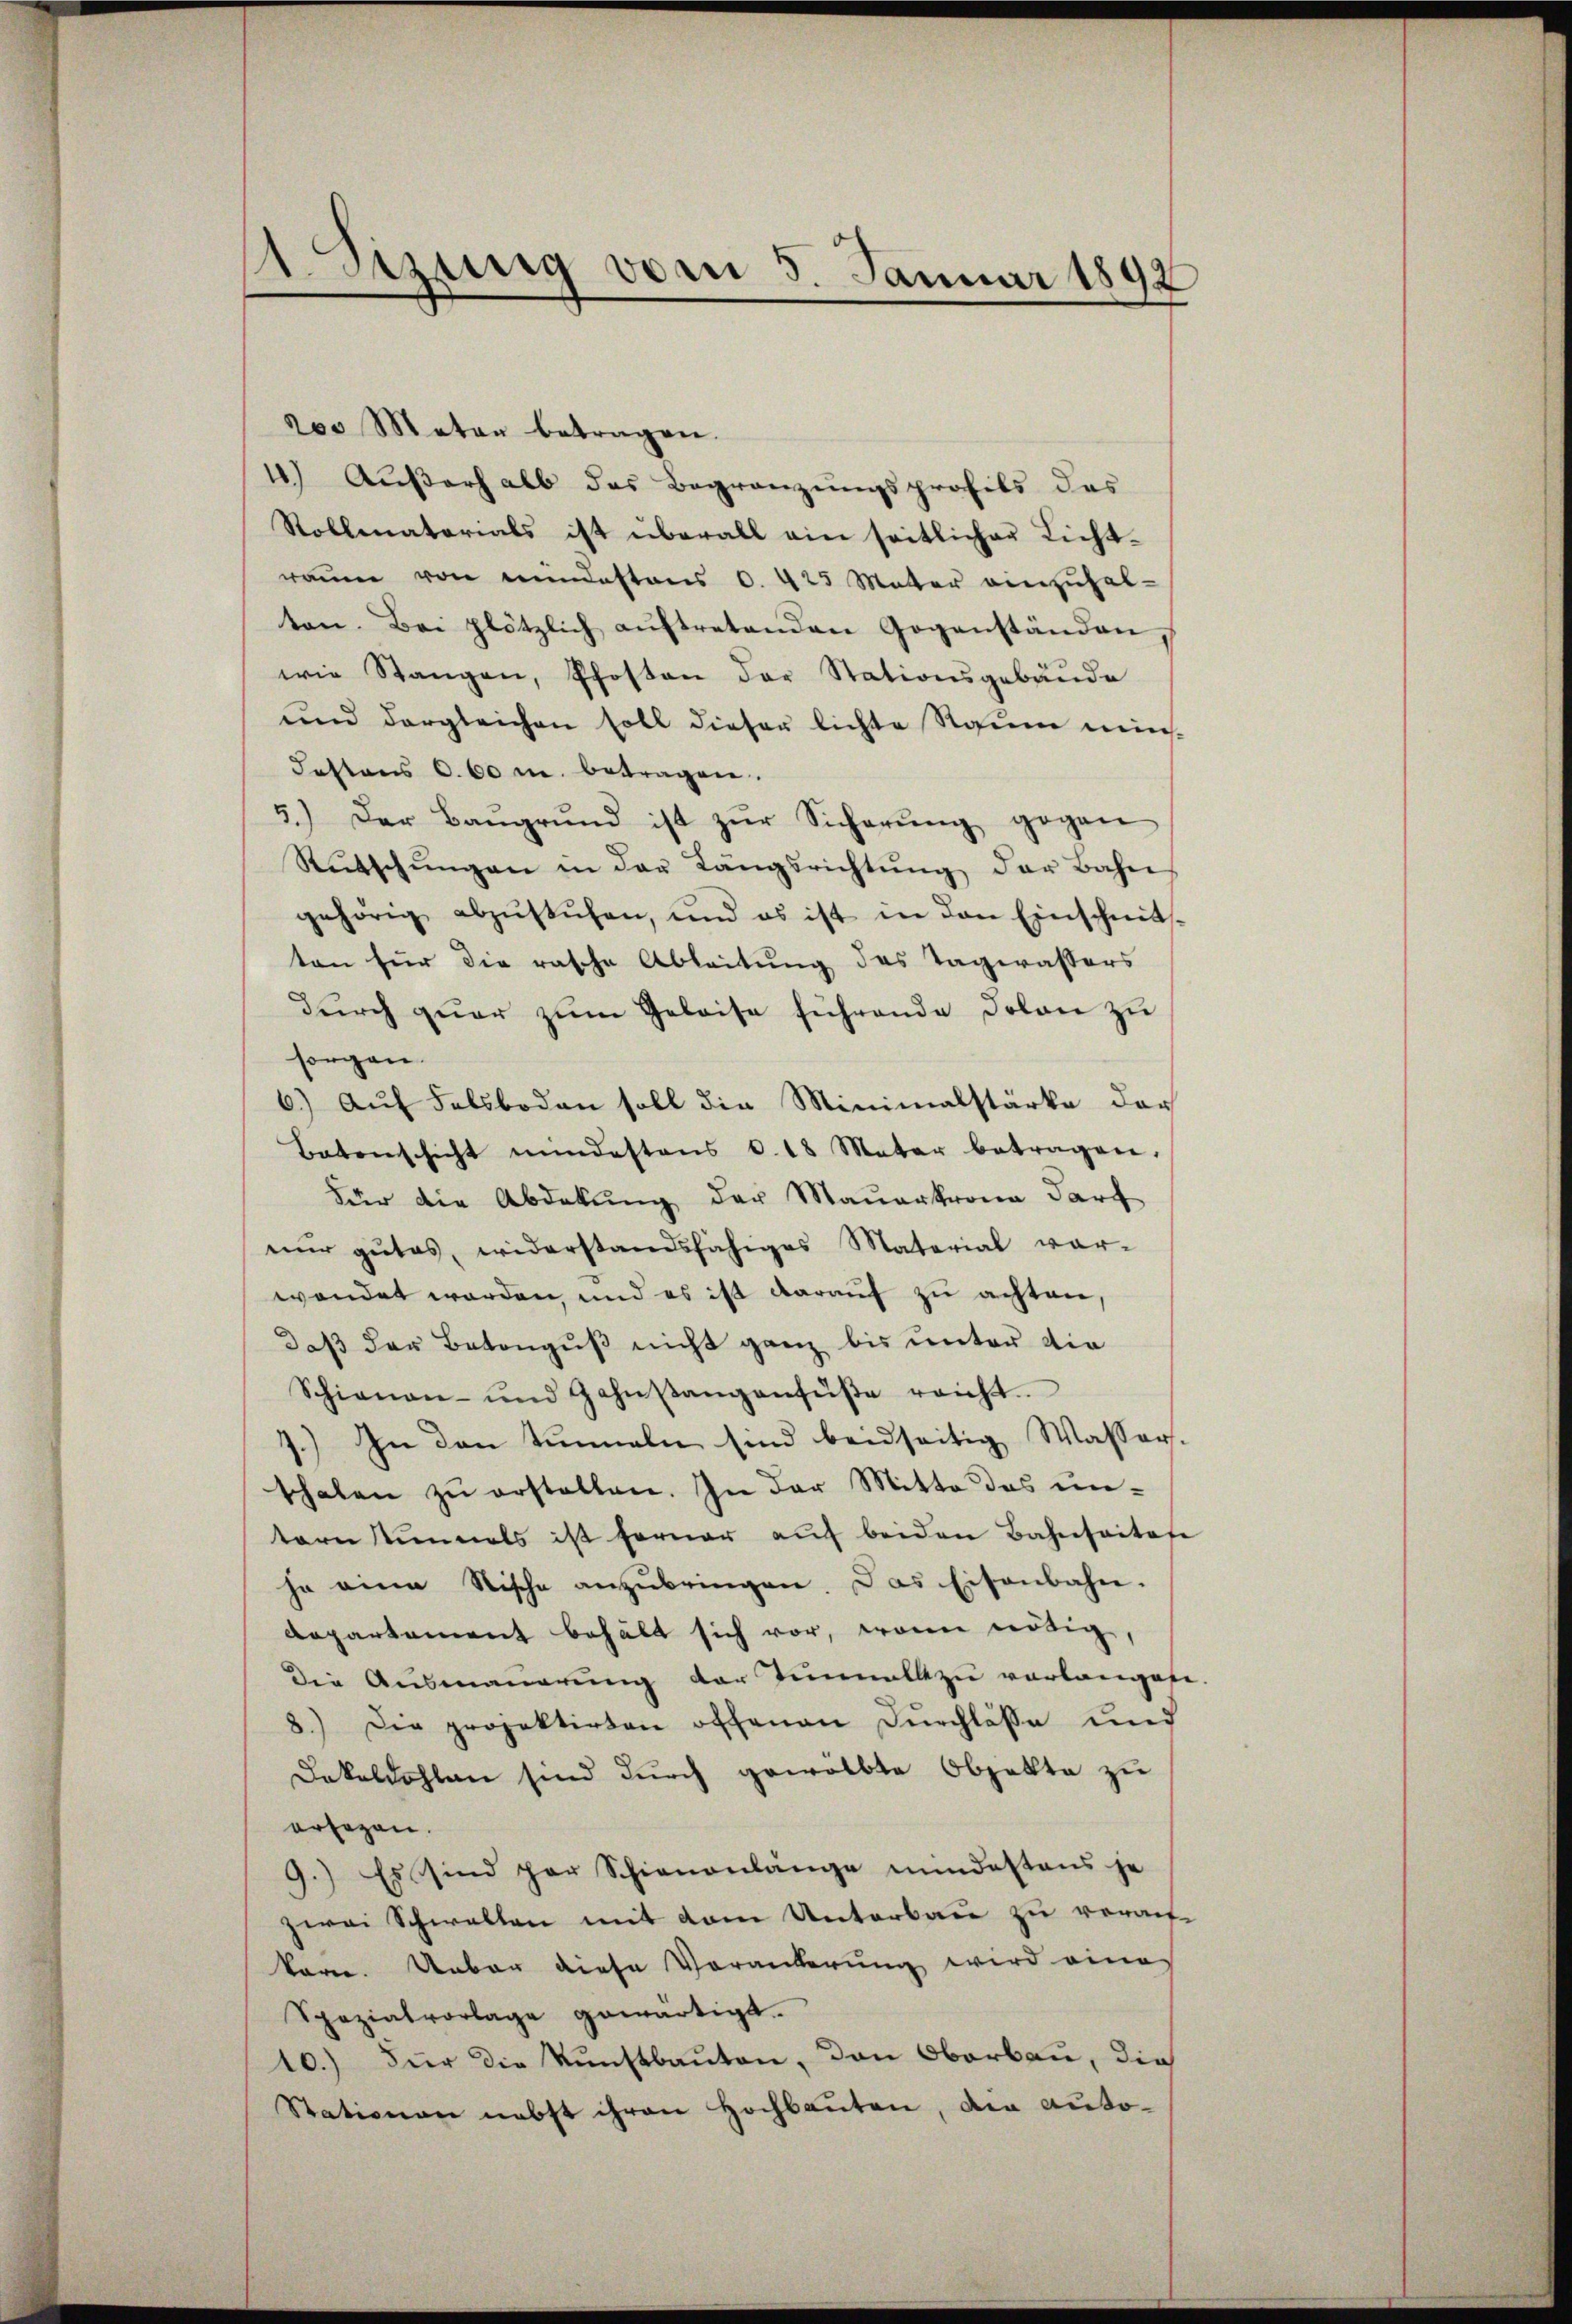
zung vom 5. Januar 1892

200 Meten betragen.
4.) Außerhalb das Begränzungsprofils des
Stollenatorials ist überall ein seitlicher Licht-
raum von mindestens 0. 425 Mater einzuhalten. Bei plötzlich aŭftretenden Gegenständen
wie Stangen, Pfosten der Stationsgebäŭde
und dergleichen soll dieser lichte Raum min¬
Festens 0. 60 u. betragen.
5.) Der Baŭgrŭnd ist zŭr Sicherŭng gegen
Rutschŭngen in der Längsrichtŭng der Bahn
gehörig abzŭstehen, und es ist in den Einschmit-
ten für die rasche Ableitung des Tagwassers
durch quar zum Geleise führende Dolan zu
sorgen.
6.) Auf Felsboden soll die Minimalstärke dar
Batenschicht mindestens d. 18 Mater betragen.
Für die Abdekŭng der Mauerkrona darf
nur gutes, widerstandsfähiges Material vor-
wendet werden, und es ist darauf zu achten,
daß der Betonguß nicht ganz bis unter die
Schienen- und Zahnstangensüβe reicht.
7.) In den Tunneln sind beidseitig Wasser
schalen zu erstellen. In der Mitte des untern stimmels ist ferner aŭf beiden Bahnsaites
ja eine Stische anzŭbringen. Das Eisenbahn.
Departement behält sich vor, wenn nötig,
Die Ausmauerung der Tunnelle zu verlanget
8.) Die projektirten offenen Durchlasse und
Dakoldohlen sind durch gewölbte Objekte zu
ersezen.
9.) Es sind her Schienanlange mindestens je
zwei Schwalten mit dem Unterbau zu verauf
karn. Ueber diese Veränderung wird eine
Spozialvorlage gewärtigt.
10.) Für die Kunstbauten, den Oberbau, die
Stationen nebst ihren Hochbauten, die auto-

e
e